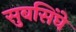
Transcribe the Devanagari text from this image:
सुबसिंघे